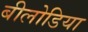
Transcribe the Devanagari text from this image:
बीलोडिया